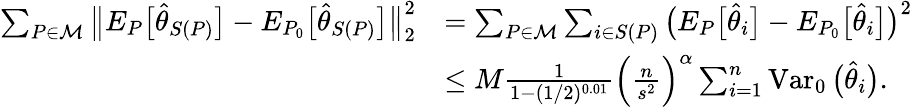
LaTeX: \begin{array}{rl}{\sum_{P\in{\mathcal M}}\big\| E_{P}\big[\widehat\theta_{S(P)}\big]-E_{P_{0}}\big[\widehat\theta_{S(P)}\big]\big\| _{2}^{2}}&{=\sum_{P\in{\mathcal M}}\sum_{i\in S(P)}\big(E_{P}\big[\widehat\theta_{i}\big]-E_{P_{0}}\big[\widehat\theta_{i}\big]\big)^{2}}\\ &{\leq M\frac{1}{1-(1/2)^{0.01}}\Big(\frac n{s^{2}}\Big)^{\alpha}\sum_{i=1}^{n}\operatorname{Var}_{0}\big(\widehat\theta_{i}\big).}\end{array}